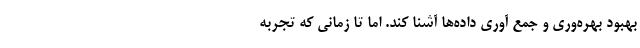
بهبود بهره‌وری و جمع آوری داده‌ها آشنا کند. اما تا زمانی که تجربه